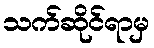
သက်ဆိုင်ရာမှ